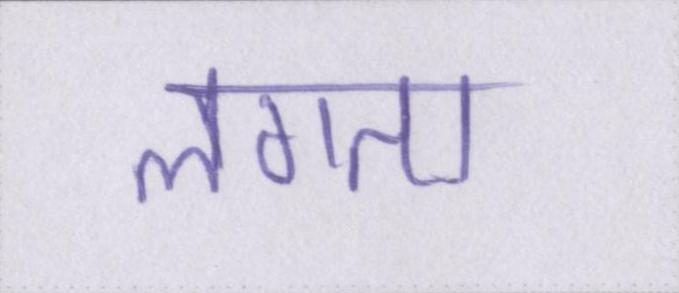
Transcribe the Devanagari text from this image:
लगता